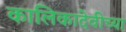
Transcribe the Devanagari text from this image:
कालिकादेवीच्या